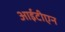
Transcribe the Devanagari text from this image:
आईटीएन